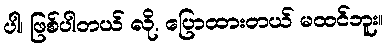
ပါ၊ ဖြစ်ပါတယ် လို. ပြောထားတယ် မထင်ဘူး။